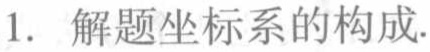
1. 解题坐标系的构成.